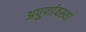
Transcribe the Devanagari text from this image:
अपुर्णावस्था